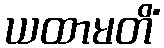
ယထာမတိံ